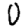
Digit: 0